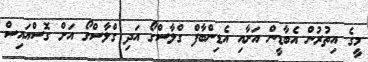
މީގެ އިތުރުން އެބާޑީން އަށާއި އެޑިންބާފް ގްލާސްގޯ އަދި ގްލާސްގޯ އަށް ގޮސްއައިސް